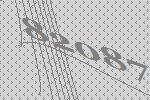
82087